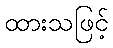
ထားသဖြင့်